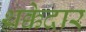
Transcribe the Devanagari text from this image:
थक्केदार